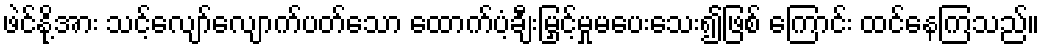
ဖဲင်နို့အား သင့်လျော်လျောက်ပတ်သော ထောက်ပံ့ချီးမြှင့်မှုမပေးသေး၍ဖြစ် ကြောင်း ထင်နေကြသည်။